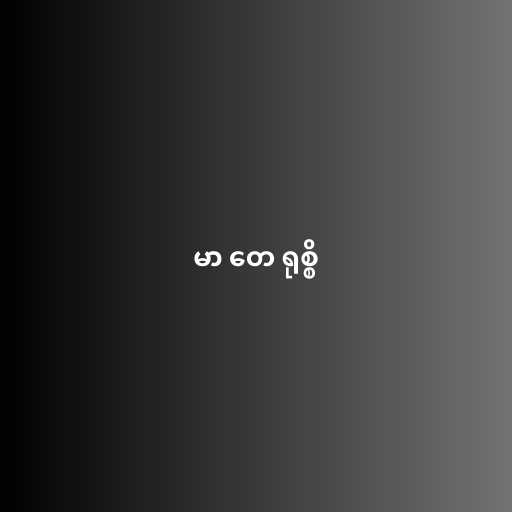
မာ တေ ရုစ္စိ